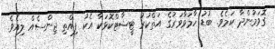
ގޮވަމުންދާ ކަމެވެ. ބުޑު ހާމަވާވަރުގެ އަތްކުރު ޓީޝާޓްކޮޅަކާ އެކު ފިއްތި ޖިންސެއް ލިއެވެ.